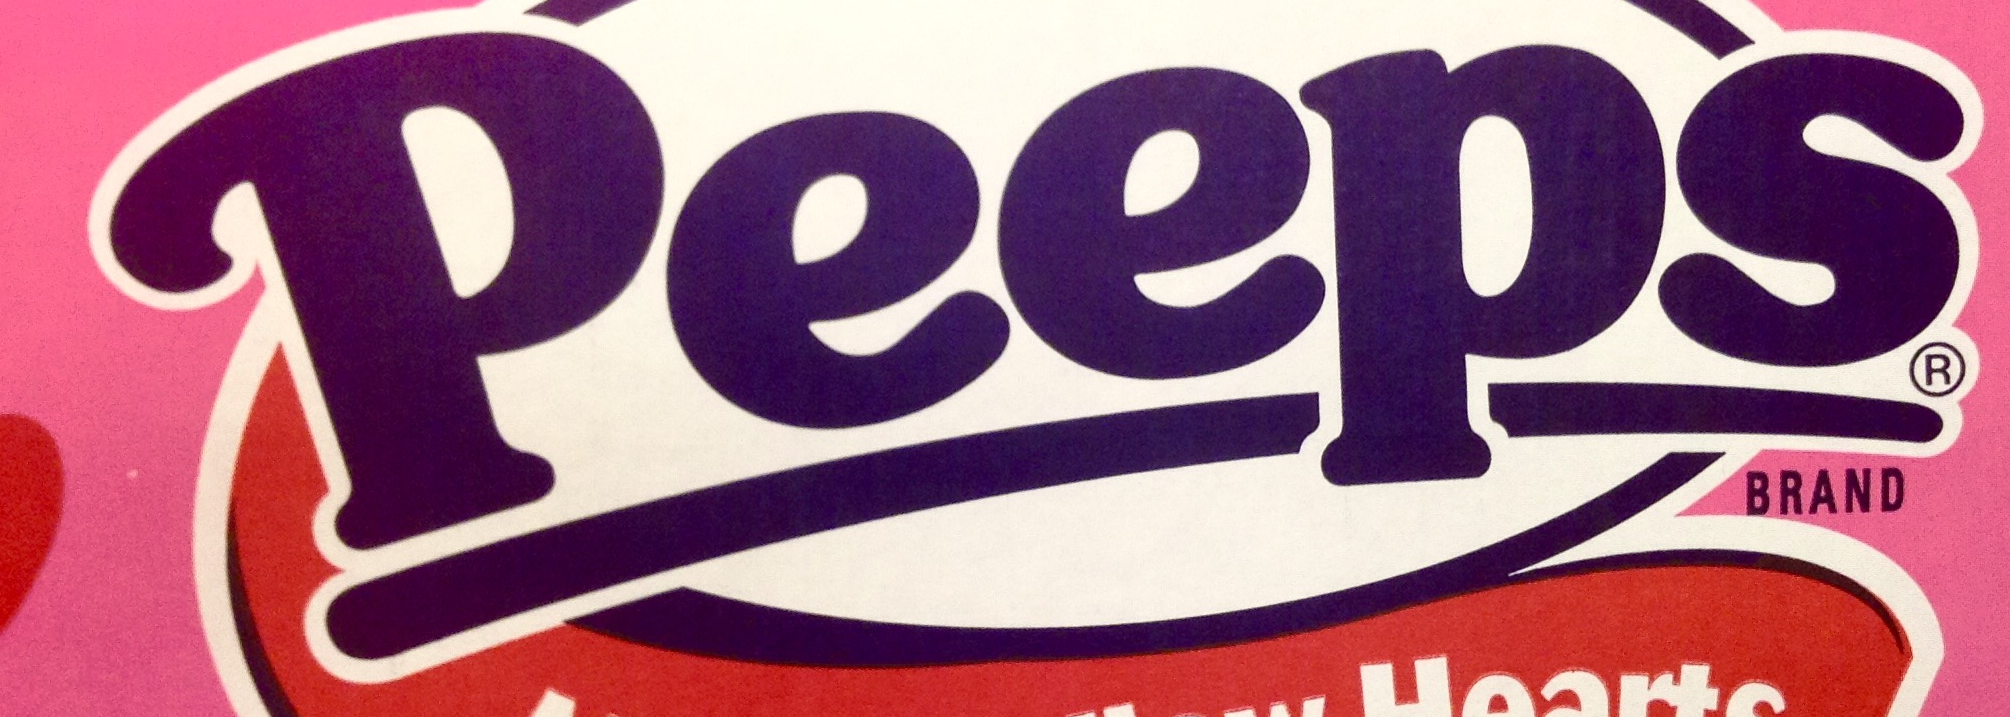
Peeps®